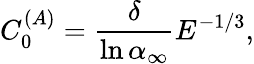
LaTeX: C_{0}^{(A)}=\frac{\delta}{\ln\alpha_{\infty}}E^{-1/3},